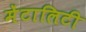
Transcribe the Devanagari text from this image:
मेंटालिटी